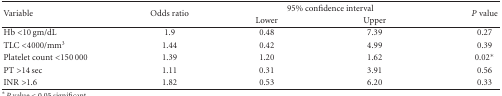
<table><thead><tr><td rowspan="2"><b>Variable</b></td><td rowspan="2"><b>Odds ratio</b></td><td colspan="2"><b>95% confidence interval</b></td><td rowspan="2"><b><i>P</i> value</b></td></tr><tr><td><b>Lower</b></td><td><b>Upper</b></td></tr></thead><tbody><tr><td>Hb &lt;10 gm/dL</td><td>1.9</td><td>0.48</td><td>7.39</td><td>0.27</td></tr><tr><td>TLC &lt;4000/mm<sup>3</sup></td><td>1.44</td><td>0.42</td><td>4.99</td><td>0.39</td></tr><tr><td>Platelet count &lt;150 000</td><td>1.39</td><td>1.20</td><td>1.62</td><td>0.02*</td></tr><tr><td>PT &gt;14 sec</td><td>1.11</td><td>0.31</td><td>3.91</td><td>0.56</td></tr><tr><td>INR &gt;1.6</td><td>1.82</td><td>0.53</td><td>6.20</td><td>0.33</td></tr></tbody></table>